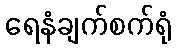
ရေနံချက်စက်ရုံ